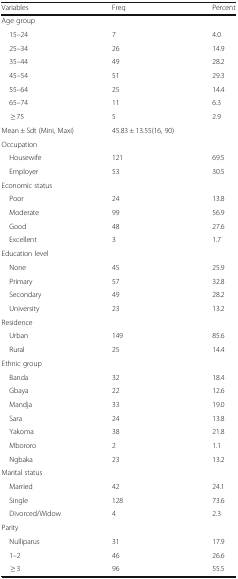
| Variables | Freq | Percent |
 | --- | --- | --- |
 | <COLSPAN=3> Age group |
 | 15–24 | 7 | 4.0 |
 | 25–34 | 26 | 14.9 |
 | 35–44 | 49 | 28.2 |
 | 45–54 | 51 | 29.3 |
 | 55–64 | 25 | 14.4 |
 | 65–74 | 11 | 6.3 |
 | ≥ 75 | 5 | 2.9 |
 | Mean ± Sdt (Mini, Maxi) | 45.83 ± 13.55(16, 90) |  |
 | <COLSPAN=3> Occupation |
 | Housewife | 121 | 69.5 |
 | Employer | 53 | 30.5 |
 | <COLSPAN=3> Economic status |
 | Poor | 24 | 13.8 |
 | Moderate | 99 | 56.9 |
 | Good | 48 | 27.6 |
 | Excellent | 3 | 1.7 |
 | <COLSPAN=3> Education level |
 | None | 45 | 25.9 |
 | Primary | 57 | 32.8 |
 | Secondary | 49 | 28.2 |
 | University | 23 | 13.2 |
 | <COLSPAN=3> Residence |
 | Urban | 149 | 85.6 |
 | Rural | 25 | 14.4 |
 | <COLSPAN=3> Ethnic group |
 | Banda | 32 | 18.4 |
 | Gbaya | 22 | 12.6 |
 | Mandja | 33 | 19.0 |
 | Sara | 24 | 13.8 |
 | Yakoma | 38 | 21.8 |
 | Mbororo | 2 | 1.1 |
 | Ngbaka | 23 | 13.2 |
 | <COLSPAN=3> Marital status |
 | Married | 42 | 24.1 |
 | Single | 128 | 73.6 |
 | Divorced/Widow | 4 | 2.3 |
 | <COLSPAN=3> Parity |
 | Nulliparus | 31 | 17.9 |
 | 1–2 | 46 | 26.6 |
 | ≥ 3 | 96 | 55.5 |